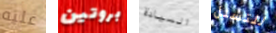
عليه بروتين السيادة للتسلل